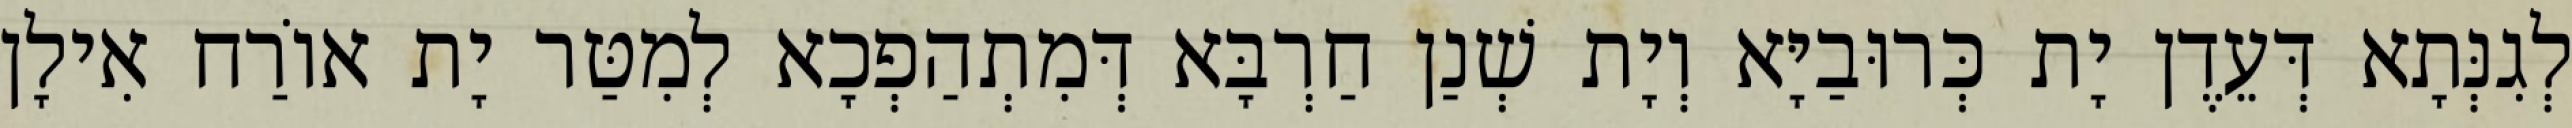
לְגִנְּתָא דְּעֵדֶן יָת כְּרוּבַיָּא וְיָת שְׁנַן חַרְבָּא דְּמִתְהַפְכָא לְמִטַּר יָת אוֹרַח אִילָן